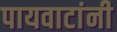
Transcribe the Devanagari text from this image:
पायवाटांनी